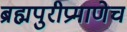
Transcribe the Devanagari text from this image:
ब्रह्मपुरीप्रमाणेच